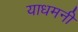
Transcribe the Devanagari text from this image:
याधमनी